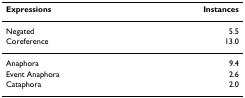
<table><thead><tr><td><b>Expressions</b></td><td><b>Instances</b></td></tr></thead><tbody><tr><td>Negated</td><td>5.5</td></tr><tr><td>Coreference</td><td>13.0</td></tr><tr><td>Anaphora</td><td>9.4</td></tr><tr><td>Event Anaphora</td><td>2.6</td></tr><tr><td>Cataphora</td><td>2.0</td></tr></tbody></table>